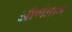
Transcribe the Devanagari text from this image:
और्णनाभ